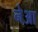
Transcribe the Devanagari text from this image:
नेआ